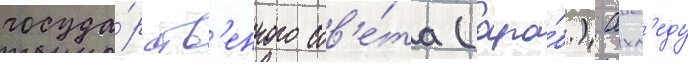
госуда́рств'енного сов'е́та (ара́б.) ахм'еду